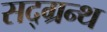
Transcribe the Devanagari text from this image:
सद्ग्रन्थ